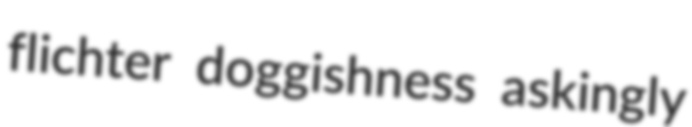
flichter doggishness askingly